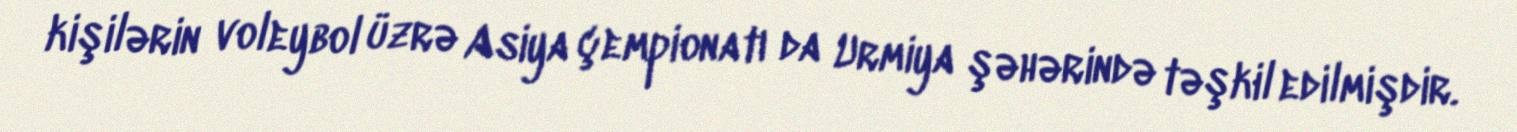
kişilərin voleybol üzrə Asiya çempionatı da Urmiya şəhərində təşkil edilmişdir.